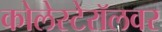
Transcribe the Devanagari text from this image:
कोलेस्टेरॉलवर